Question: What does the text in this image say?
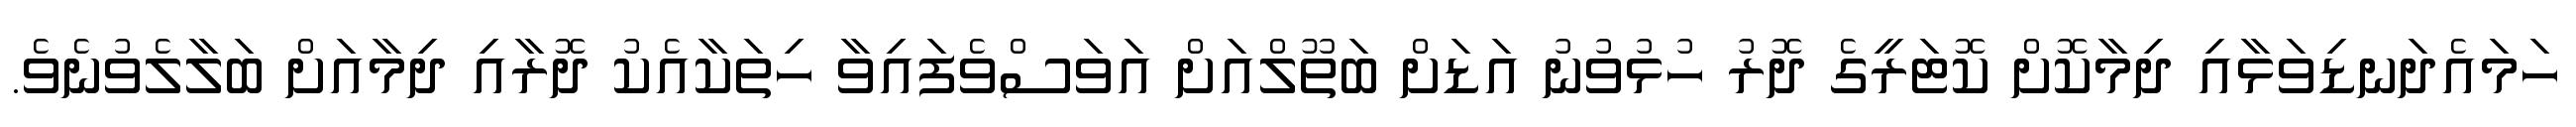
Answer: ހަމައެދަނޑިވަޅާއި ދިމާކޮށް ކޮޓަރީގެ ދޮރު ހުޅުވުނު އަޑަށް ބަތޫލްއަށް އަވަސްވެފައިވާ ހިތަކާއެކު ދޮރާއި ދިމާއަށް ބަލާލެވުނެވެ.